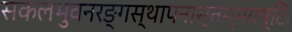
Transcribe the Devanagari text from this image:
सकलभुवनरङ्गस्थापनास्तम्भयष्टिः